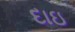
દાઇ